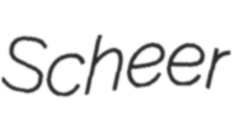
Scheer